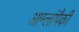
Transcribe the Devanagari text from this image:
आम्लांपैकी